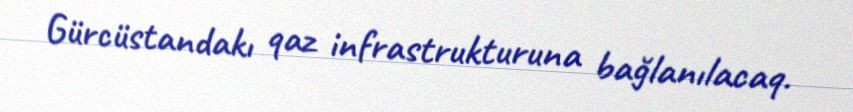
Gürcüstandakı qaz infrastrukturuna bağlanılacaq.